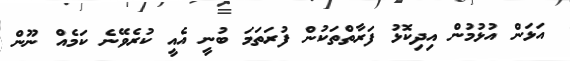
އަޅަން އުޅުމުން އިދިކޮޅު ފަރާތްތަކުން ފުރަތަމަ ބުނީ އެއީ ކުރެވޭނެ ކަމެއް ނޫން